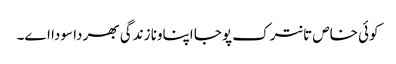
کوئی خاص تانترک پوجا اپناونا زندگی بھر دا سودا اے۔